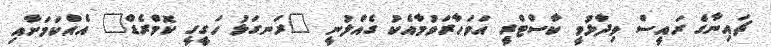
ޗައިނާގެ ރައީސް ވިދާޅުވީ ކާސްޓްރީ އަވަހާރަވުމާއެކު ގެއްލުނީ "ރަނގަޅު ހަގީގީ ކޮމްރެޑް" އެއްކަމަށާއި